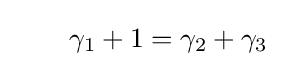
\quad \quad \gamma _{1}+1=\gamma _{2}+\gamma _{3}